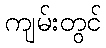
ကျမ်းတွင်